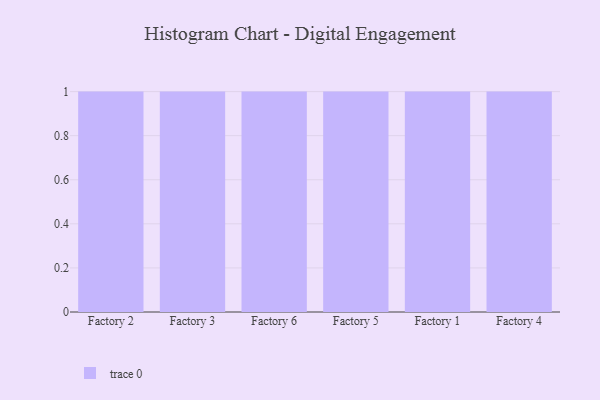
{"axis": {"x": "Factory", "y": "Tickets Resolved"}, "legend": [""], "data": [{"x": "Factory 2", "y": 50, "type": ""}, {"x": "Factory 3", "y": 36, "type": ""}, {"x": "Factory 6", "y": 92, "type": ""}, {"x": "Factory 5", "y": 74, "type": ""}, {"x": "Factory 1", "y": 8, "type": ""}, {"x": "Factory 4", "y": 68, "type": ""}]}